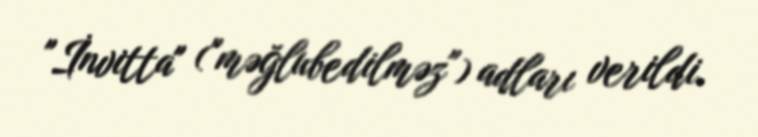
"İnvitta" ("məğlubedilməz") adları verildi.